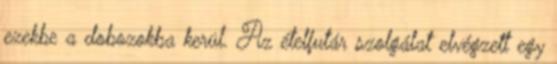
ezekbe a dobozokba kerül. Az ételfutár szolgálat elvégzett egy